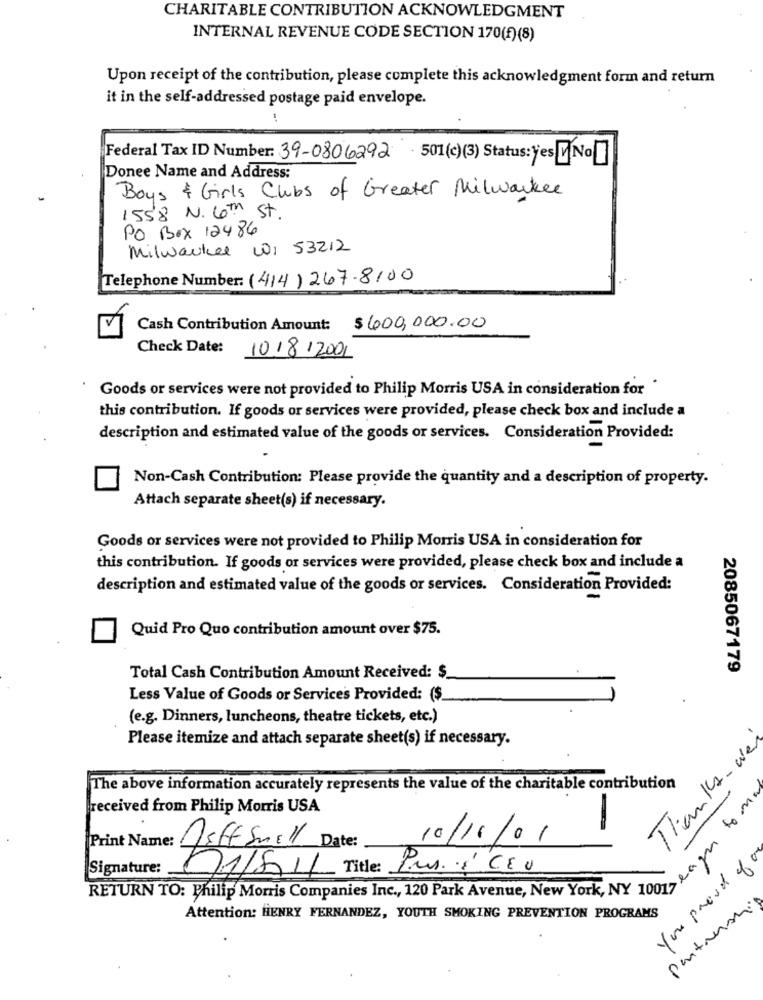
CHARITABLE CONTRIBUTION ACKNOWLEDGMENT
INTERNAL REVENUE CODE SECTION 170(f)(8)
Upon receipt of the contribution, please complete this acknowledgment form and return
it in the self-addressed postage paid envelope.
Federal Tax ID Number: 39-0806292 501(c)(3) Status: jes INO ]
Donee Name and Address:
Boys & Girls Clubs of Greater Milwaukee
1558 N. 6Th St.
PO BOX 12486
Milwaukee WI 53212
Telephone Number: (414) 267-8100
Cash Contribution Amount: $600,000.00
Check Date:
10/8/2001
Goods or services were not provided to Philip Morris USA in consideration for "
this contribution. If goods or services were provided, please check box and include a
description and estimated value of the goods or services. Consideration Provided:
Non-Cash Contribution: Please provide the quantity and a description of property.
Attach separate sheet(s) if necessary.
Goods or services were not provided to Philip Morris USA in consideration for
this contribution. If goods or services were provided, please check box and include a
description and estimated value of the goods or services. Consideration Provided:
-
Quid Pro Quo contribution amount over $75.
2085067179
Total Cash Contribution Amount Received: $
Less Value of Goods or Services Provided: ($.
(e.g. Dinners, luncheons, theatre tickets, etc.)
Please itemize and attach separate sheet(s) if necessary.
Thanks-wei
The above information accurately represents the value of the charitable contribution
Deagu to mor
received from Philip Morris USA
-
Print Name:
10/11/01
Jeff Snill Date:
You proud of a
Signature:
01/5/11 Title : Pun : CEU
STIRN TO: Philip Morris Companies Inc ., 120 Park Avenue, New
pantmensais
Attention: HENRY FERNANDEZ, YOUTH SMOKING PREVENTION PROGRAMS